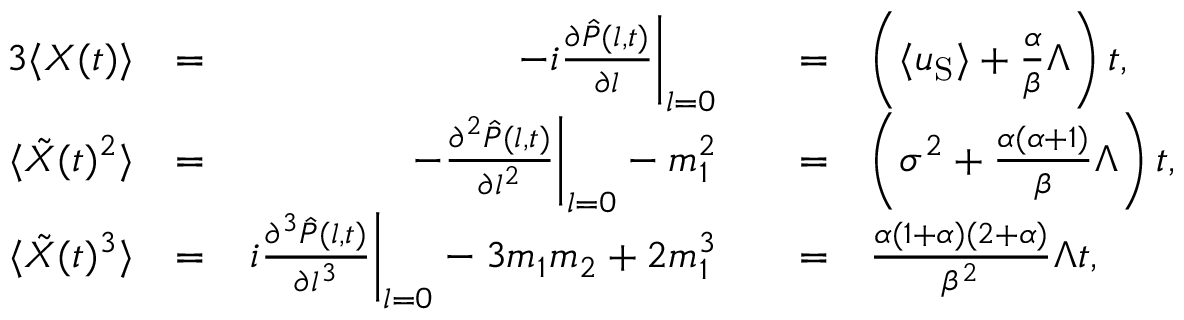
\begin{array} { r l r l r l } { { 3 } \langle X ( t ) \rangle } & { = } & { \left. - i \frac { \partial \hat { P } ( l , t ) } { \partial l } \right\vert _ { l = 0 } } & { } & { = } & { \left( \langle u _ { \mathrm { S } } \rangle + \frac { \alpha } { \beta } \Lambda \right) t , } \\ { \langle \tilde { X } ( t ) ^ { 2 } \rangle } & { = } & { \left. - \frac { \partial ^ { 2 } \hat { P } ( l , t ) } { \partial l ^ { 2 } } \right\vert _ { l = 0 } - m _ { 1 } ^ { 2 } } & { } & { = } & { \left( \sigma ^ { 2 } + \frac { \alpha ( \alpha + 1 ) } { \beta } \Lambda \right) t , } \\ { \langle \tilde { X } ( t ) ^ { 3 } \rangle } & { = } & { \left. i \frac { \partial ^ { 3 } \hat { P } ( l , t ) } { \partial l ^ { 3 } } \right\vert _ { l = 0 } - 3 m _ { 1 } m _ { 2 } + 2 m _ { 1 } ^ { 3 } } & { } & { = } & { \frac { \alpha ( 1 + \alpha ) ( 2 + \alpha ) } { \beta ^ { 2 } } \Lambda t , } \end{array}